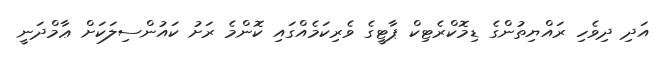
އަދި ދިވެހި ރައްޔިތުންގެ ޑިމޮކްރެޓިކް ޕާޓީގެ ވެރިކަމެއްގައި ކޮންމެ ރަށު ކައުންސިލަކަށް ޢާމްދަނީ